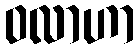
ဝလာဟာ